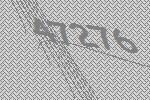
47276